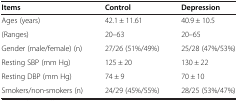
| Items | Control | Depression |
 | --- | --- | --- |
 | Ages (years) | 42.1 ± 11.61 | 40.9 ± 10.5 |
 | (Ranges) | 20–63 | 20–65 |
 | Gender (male/female) (n) | 27/26 (51%/49%) | 25/28 (47%/53%) |
 | Resting SBP (mm Hg) | 125 ± 20 | 130 ± 22 |
 | Resting DBP (mm Hg) | 74 ± 9 | 70 ± 10 |
 | Smokers/non-smokers (n) | 24/29 (45%/55%) | 28/25 (53%/47%) |